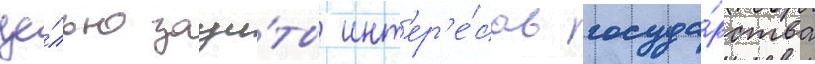
це́лью защи́ты инт'ер'е́сов госуда́рства